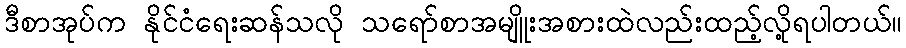
ဒီစာအုပ်က နိုင်ငံရေးဆန်သလို သရော်စာအမျိူးအစားထဲလည်းထည့်လို့ရပါတယ်။